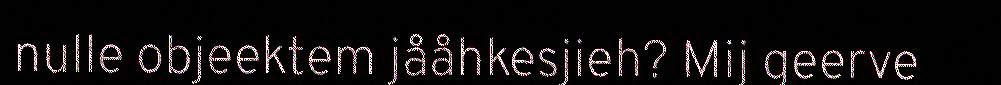
nulle objeektem jååhkesjieh? Mij geerve